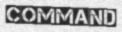
COMMAND